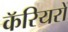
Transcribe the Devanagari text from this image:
कॅरियरों